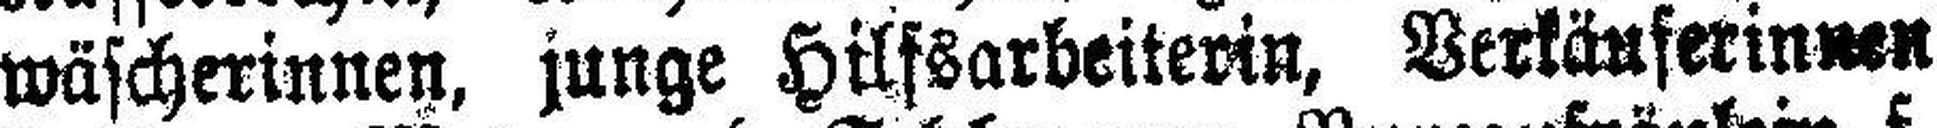
wäscherinnen, junge Hilfsarbeiterin, Verkäuferinnen